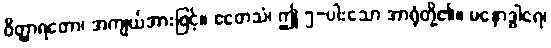
ဝိတ္ထာရတော၊ အကျယ်အားဖြင့်။ ဧတေသံ၊ ဤ ၅-ပါးသော အာရုံတို့၏။ မနောဒွါရေ၊